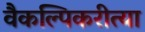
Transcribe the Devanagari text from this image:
वैकल्पिकरीत्या